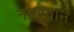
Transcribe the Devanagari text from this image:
नहरवान